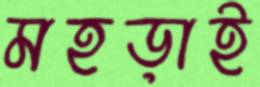
মহড়াই